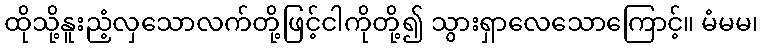
ထိုသို့နူးညံ့လှသောလက်တို့ဖြင့်ငါကိုတို့၍ သွားရှာလေသောကြောင့်။ မံမမ၊